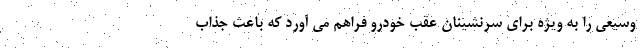
وسیعی را به ویژه برای سرنشینان عقب خودرو فراهم می آورد که باعث جذاب